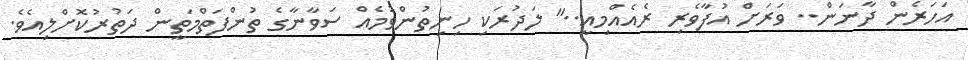
އަހަރެން ދާނަން.. ވަރަށް އުފާވެރި ރެއެއްމިއީ.." ލަދުރަކި ހިނިތުންވުމެއް ސަވާނާގެ ތުންފަތްމަތީން ދަތުރުކޮށްލިއެވެ.